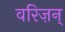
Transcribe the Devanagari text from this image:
वरिज़न्